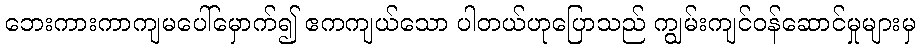
ဘေးကားကာကျမပေါ်မှောက်၍ ဧကကျယ်သော ပါတယ်ဟုပြောသည် ကျွမ်းကျင်ဝန်ဆောင်မှုများမှ